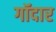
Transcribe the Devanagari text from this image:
गॉदार